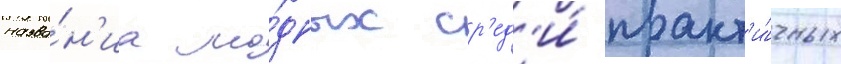
назва́н'иа мо́дных ср'ед'и́ практ'и́чных